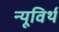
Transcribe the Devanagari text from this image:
न्यूविर्थ